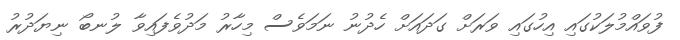
ފުވައްމުލަކުގައި އިހުގައި ވަރަށް ގަދައަށް ހެދުނު ނަމަވެސް މިހާރު މަދުވެފައިވާ ލުނބޯ ނިޔަދުރު